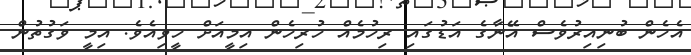
އެހެން ބުނިއިރުވެސް އޭނާގެ އަޑުގައި ރިހުމެއް ހުރިހެން އިމީއަށް ހީވިއެވެ. އިމީ ވަގުތުން